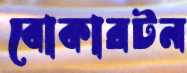
বোকারটন